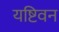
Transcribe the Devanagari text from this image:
यष्टिवन